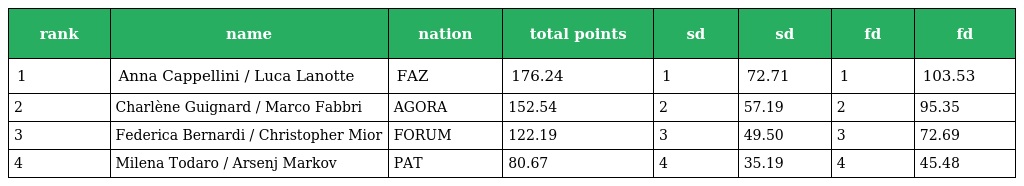
| rank | name | nation | total points | sd | sd | fd | fd |
 | --- | --- | --- | --- | --- | --- | --- | --- |
 | 1 | Anna Cappellini / Luca Lanotte | FAZ | 176.24 | 1 | 72.71 | 1 | 103.53 |
 | 2 | Charlène Guignard / Marco Fabbri | AGORA | 152.54 | 2 | 57.19 | 2 | 95.35 |
 | 3 | Federica Bernardi / Christopher Mior | FORUM | 122.19 | 3 | 49.50 | 3 | 72.69 |
 | 4 | Milena Todaro / Arsenj Markov | PAT | 80.67 | 4 | 35.19 | 4 | 45.48 |